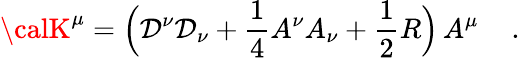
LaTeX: {\calK}^{\mu}=\Big(\mathcal{D}^{\nu}\mathcal{D}_{\nu}+\frac{{1}}{{4}}A^{\nu}A_{\nu}+\frac{{1}}{{2}}R\Big)\, A^{\mu}\quad\, .